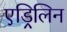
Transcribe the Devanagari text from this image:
एड्रिलिन